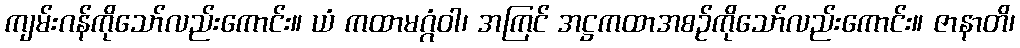
ကျမ်းဂန်ကိုသော်လည်းကောင်း။ ယံ ကထာမဂ္ဂံဝါ၊ အကြင် အဋ္ဌကထာအစဉ်ကိုသော်လည်းကောင်း။ ဇာနာတိ၊